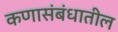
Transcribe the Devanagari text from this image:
कणासंबंधातील